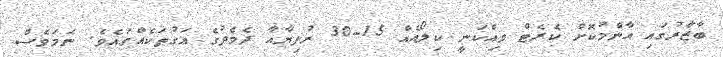
ބާޒާރުގައި އާންމުކޮށް ކެރެޓް ވިއްކަނީ ކިލޯއެއް 15-30 ރުފިޔާއާ ދެމެދުގެ އަގުތަކެއްގައެވެ. ނަމަވެސް